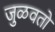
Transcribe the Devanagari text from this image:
जुळवतो